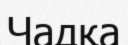
Чадқа